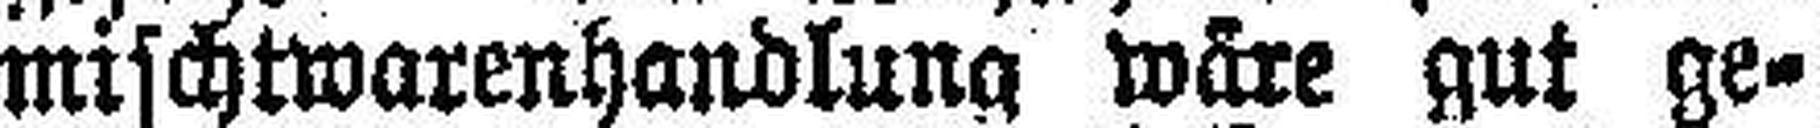
mischtwarenhandlung wäre gut ge¬